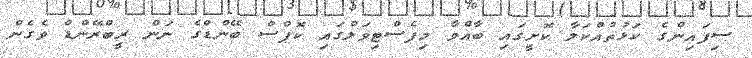
ސިފައިންގެ ކަޅުތުއްކަލާ ކޮށީގައި ބާއްވާ މިފެސްޓިވަލްގައި ކޮޕްސް ބޭންޑްގެ ނަން ރީބްރޭންޑް ވެގެން